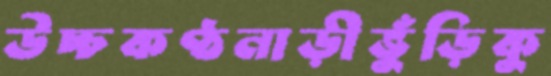
উচ্চকণ্ঠনাড়ীভুঁড়িকু